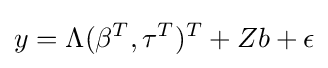
y=\Lambda (\beta ^{T},\tau ^{T})^{T}+Zb+\epsilon